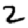
Digit: 2